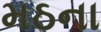
મઠના